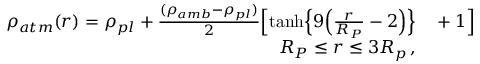
\begin{array} { r l } { \rho _ { { a t m } } ( r ) = \rho _ { { p l } } + \frac { ( \rho _ { { a m b } } - \rho _ { { p l } } ) } { 2 } \Big [ { \operatorname { t a n h } } \Big \{ 9 \Big ( \frac { r } { R _ { P } } - 2 \Big ) \Big \} } & { { } + 1 \Big ] } \\ { { R _ { P } } \leq r \leq { 3 R _ { p } } \thinspace , } \end{array}